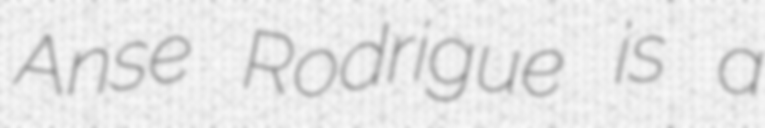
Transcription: Anse Rodrigue is a